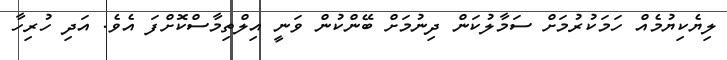
ލިޔެކިޔުމެއް ހަމަކުރުމަށް ސަމާލުކަން ދިނުމަށް ބޭންކުން ވަނީ އިލްތިމާސްކޮށްފަ އެވެ. އަދި ހުރިހާ